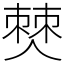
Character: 僰